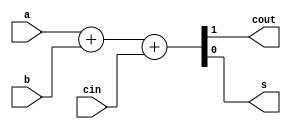
module adder(input a, input b, input cin, output cout, output s);



assign {cout, s} = a + b + cin;



endmodule